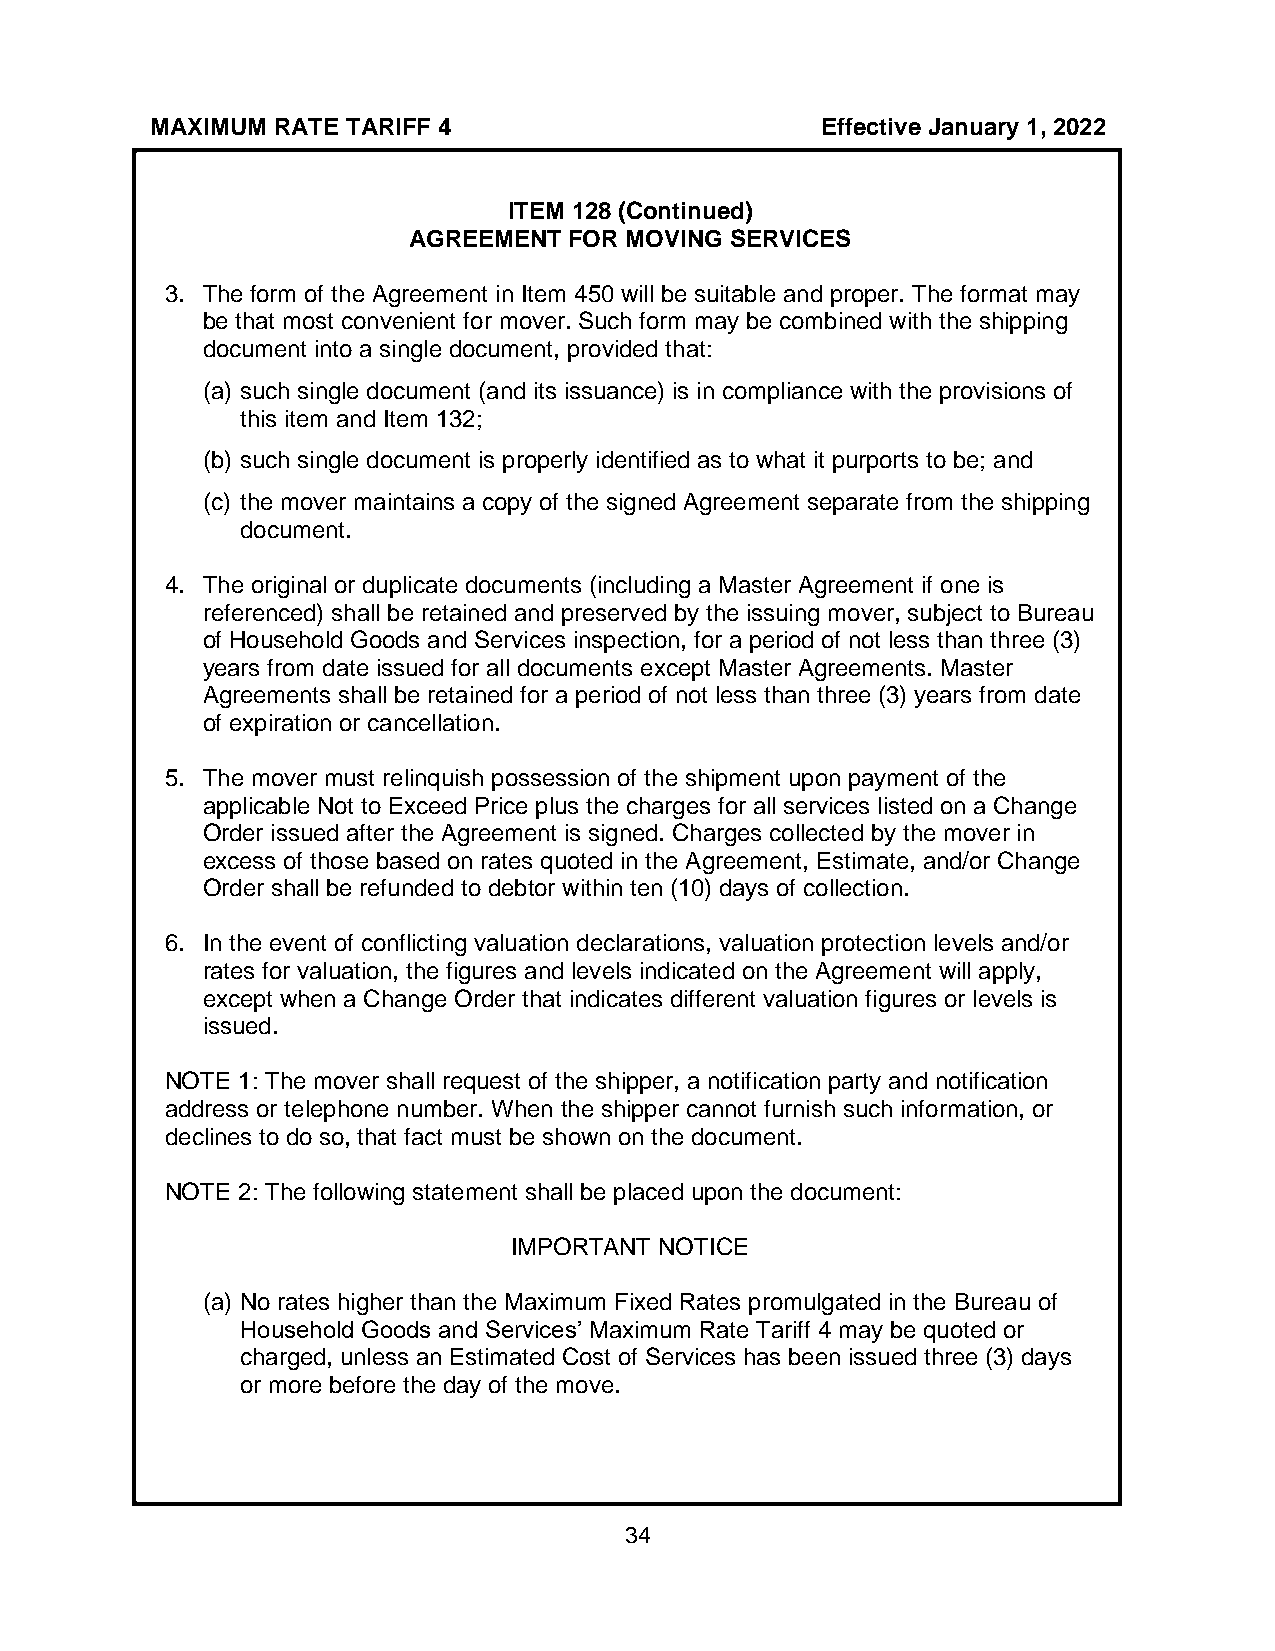
MAXIMUM RATE TARIFF 4                       Effective January 1, 2022
 ITEM 128 (Continued)
 AGREEMENT  FOR MOVING SERVICES
 3. The form of the Agreement in Item 450 will be suitable and proper. The format may
 be that most convenient for mover. Such form may be combined with the shipping
 document into a single document, provided that:
 (a) such single document (and its issuance) is in compliance with the provisions of
 this item and Item 132;
 (b) such single document is properly identified as to what it purports to be; and
 (c) the mover maintains a copy of the signed Agreement separate from the shipping
 document.
 4. The original or duplicate documents (including a Master Agreement if one is
 referenced) shall be retained and preserved by the issuing mover, subject to Bureau
 of Household Goods and Services inspection, for a period of not less than three (3)
 years from date issued for all documents except Master Agreements. Master
 Agreements shall be retained for a period of not less than three (3) years from date
 of expiration or cancellation.
 5. The mover must relinquish possession of the shipment upon payment of the
 applicable Not to Exceed Price plus the charges for all services listed on a Change
 Order issued after the Agreement is signed. Charges collected by the mover in
 excess of those based on rates quoted in the Agreement, Estimate, and/or Change
 Order shall be refunded to debtor within ten (10) days of collection.
 6. In the event of conflicting valuation declarations, valuation protection levels and/or
 rates for valuation, the figures and levels indicated on the Agreement will apply,
 except when a Change Order that indicates different valuation figures or levels is
 issued.
 NOTE 1: The mover shall request of the shipper, a notification party and notification
 address or telephone number. When the shipper cannot furnish such information, or
 declines to do so, that fact must be shown on the document.
 NOTE 2: The following statement shall be placed upon the document:
 IMPORTANT NOTICE
 (a) No rates higher than the Maximum Fixed Rates promulgated in the Bureau of
 Household Goods and Services’ Maximum Rate Tariff 4 may be quoted or
 charged, unless an Estimated Cost of Services has been issued three (3) days
 or more before the day of the move.
 34